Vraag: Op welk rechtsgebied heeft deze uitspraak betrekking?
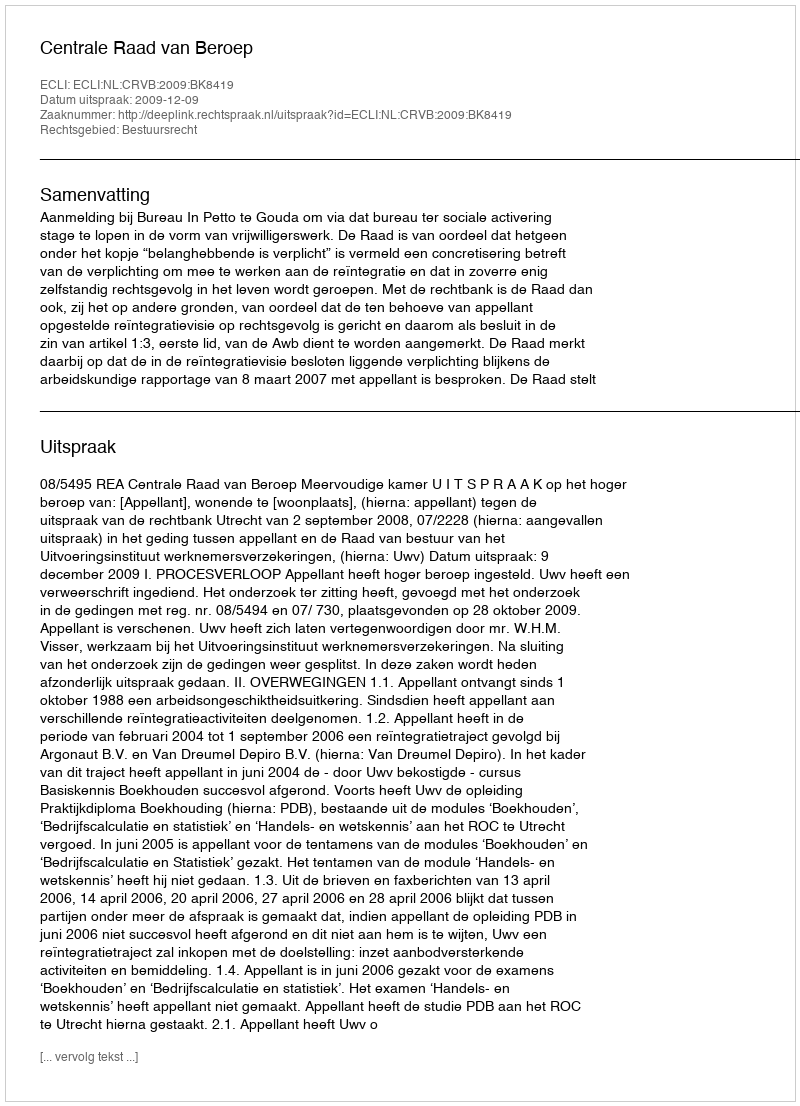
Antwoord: Bestuursrecht